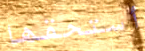
أستحقها